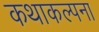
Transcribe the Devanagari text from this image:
कथाकल्पना